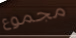
مجموع